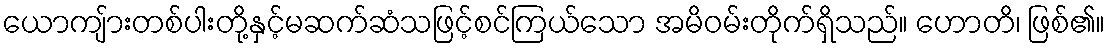
ယောကျ်ားတစ်ပါးတို့နှင့်မဆက်ဆံသဖြင့်စင်ကြယ်သော အမိဝမ်းတိုက်ရှိသည်။ ဟောတိ၊ ဖြစ်၏။